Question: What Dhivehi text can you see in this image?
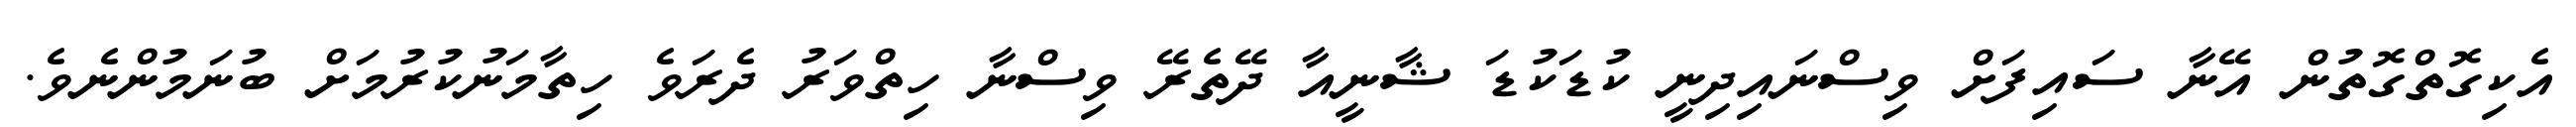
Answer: އެކިގޮތްގޮތުން އޭނާ ސައިފަށް ވިސްނައިދިނީ ކުޑަކުޑަ ޝާނީއާ ދޭތެރޭ ވިސްނާ ހިތްވަރު ދެރަވެ ހިތާމަނުކުރުމަށް ބުނަމުންނެވެ.